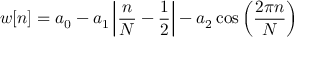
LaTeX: w [ n ] = a _ { 0 } - a _ { 1 } \left| { \frac { n } { N } } - { \frac { 1 } { 2 } } \right| - a _ { 2 } \cos \left( { \frac { 2 \pi n } { N } } \right)